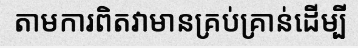
តាមការពិតវាមានគ្រប់គ្រាន់ដើម្បី